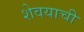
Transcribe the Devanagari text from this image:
शेवयाची